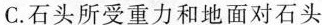
C.石头所受重力和地面对石头